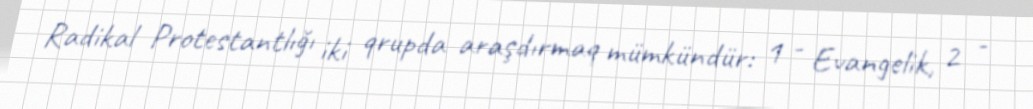
Radikal Protestantlığı iki qrupda araşdırmaq mümkündür: 1 - Evangelik, 2 -